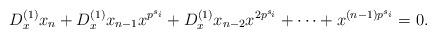
LaTeX: \begin{align*}D_x^{(1)}x_n+D_x^{(1)}x_{n-1}x^{p^{s_i}}+D_x^{(1)}x_{n-2}x^{2p^{s_i}}+\cdots+x^{(n-1)p^{s_i}}=0.\end{align*}